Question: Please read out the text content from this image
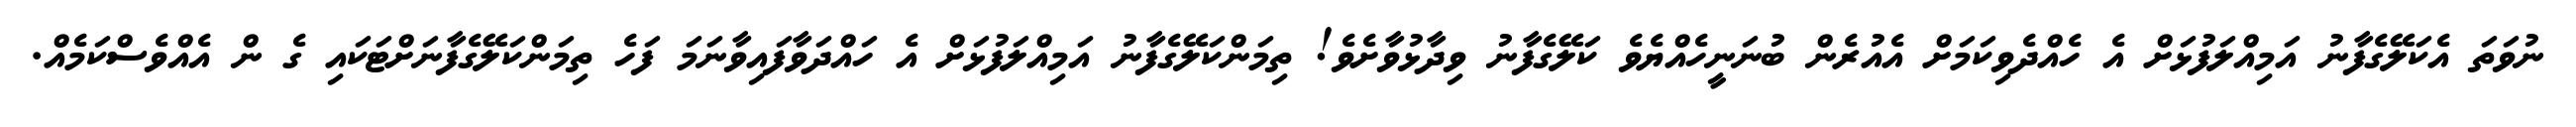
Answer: ނުވަތަ އެކަލޭގެފާނު އަމިއްލަފުޅަށް އެ ހެއްދެވިކަމަށް އެއުރެން ބުނަނީހެއްޔެވެ ކަލޭގެފާނު ވިދާޅުވާށެވެ! ތިމަންކަލޭގެފާނު އަމިއްލަފުޅަށް އެ ހައްދަވާފައިވާނަމަ ފަހެ ތިމަންކަލޭގެފާނަށްޓަކައި ގެ ން އެއްވެސްކަމެއް.